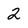
Character: 2